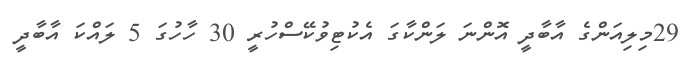
29މިލިއަންގެ އާބާދީ އޮންނަ ލަންކާގަ އެކުޓިވުކޭސްހުރީ 30 ހާހުގަ 5 ލައްކަ އާބާދީ